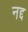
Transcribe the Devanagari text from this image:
नद्द